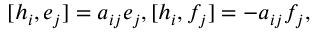
[ h _ { i } , e _ { j } ] = a _ { i j } e _ { j } , [ h _ { i } , f _ { j } ] = - a _ { i j } f _ { j } ,